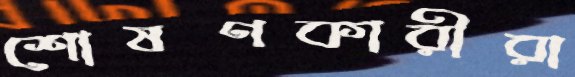
শোষণকারীরা